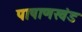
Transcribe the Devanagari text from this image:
पाषाणखंड